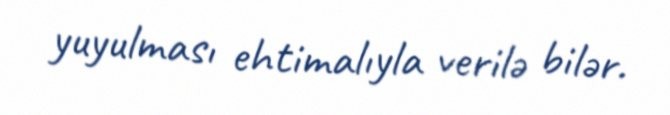
yuyulması ehtimalıyla verilə bilər.